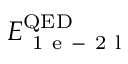
E _ { \mathrm { ~ 1 ~ e ~ - ~ 2 ~ l ~ } } ^ { \mathrm { Q E D } }